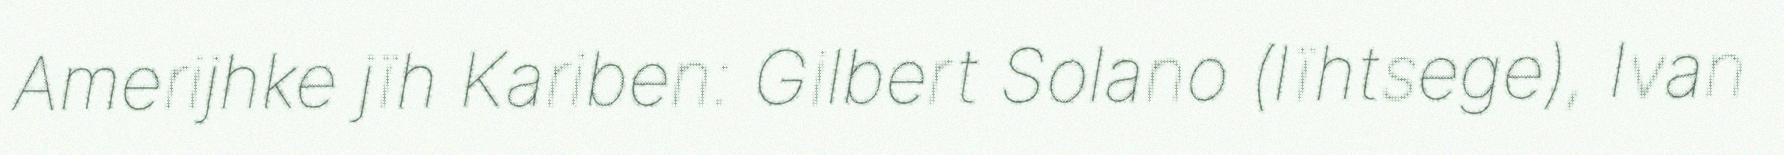
Amerijhke jïh Kariben: Gilbert Solano (lïhtsege), Ivan